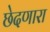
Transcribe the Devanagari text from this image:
छेदणारा